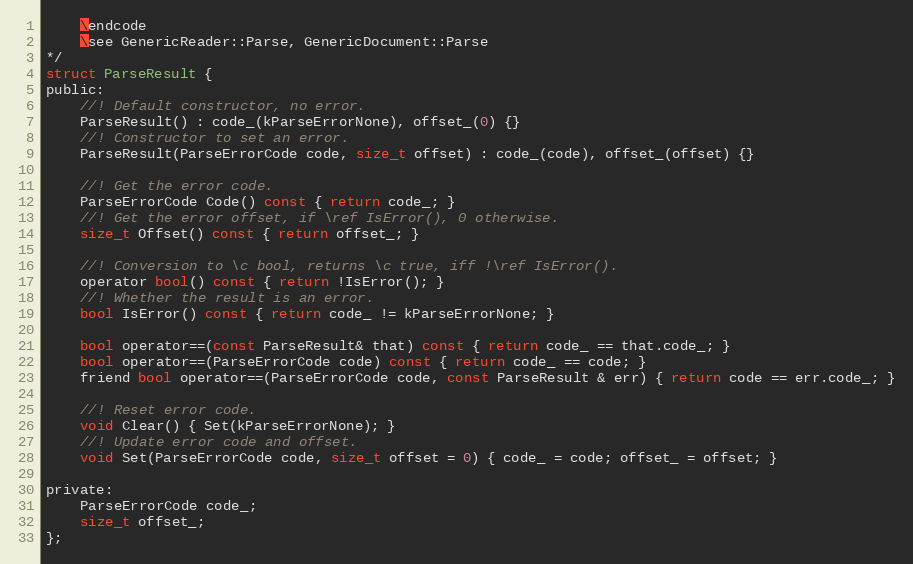
Language: C
    \endcode
    \see GenericReader::Parse, GenericDocument::Parse
*/
struct ParseResult {
public:
    //! Default constructor, no error.
    ParseResult() : code_(kParseErrorNone), offset_(0) {}
    //! Constructor to set an error.
    ParseResult(ParseErrorCode code, size_t offset) : code_(code), offset_(offset) {}

    //! Get the error code.
    ParseErrorCode Code() const { return code_; }
    //! Get the error offset, if \ref IsError(), 0 otherwise.
    size_t Offset() const { return offset_; }

    //! Conversion to \c bool, returns \c true, iff !\ref IsError().
    operator bool() const { return !IsError(); }
    //! Whether the result is an error.
    bool IsError() const { return code_ != kParseErrorNone; }

    bool operator==(const ParseResult& that) const { return code_ == that.code_; }
    bool operator==(ParseErrorCode code) const { return code_ == code; }
    friend bool operator==(ParseErrorCode code, const ParseResult & err) { return code == err.code_; }

    //! Reset error code.
    void Clear() { Set(kParseErrorNone); }
    //! Update error code and offset.
    void Set(ParseErrorCode code, size_t offset = 0) { code_ = code; offset_ = offset; }

private:
    ParseErrorCode code_;
    size_t offset_;
};